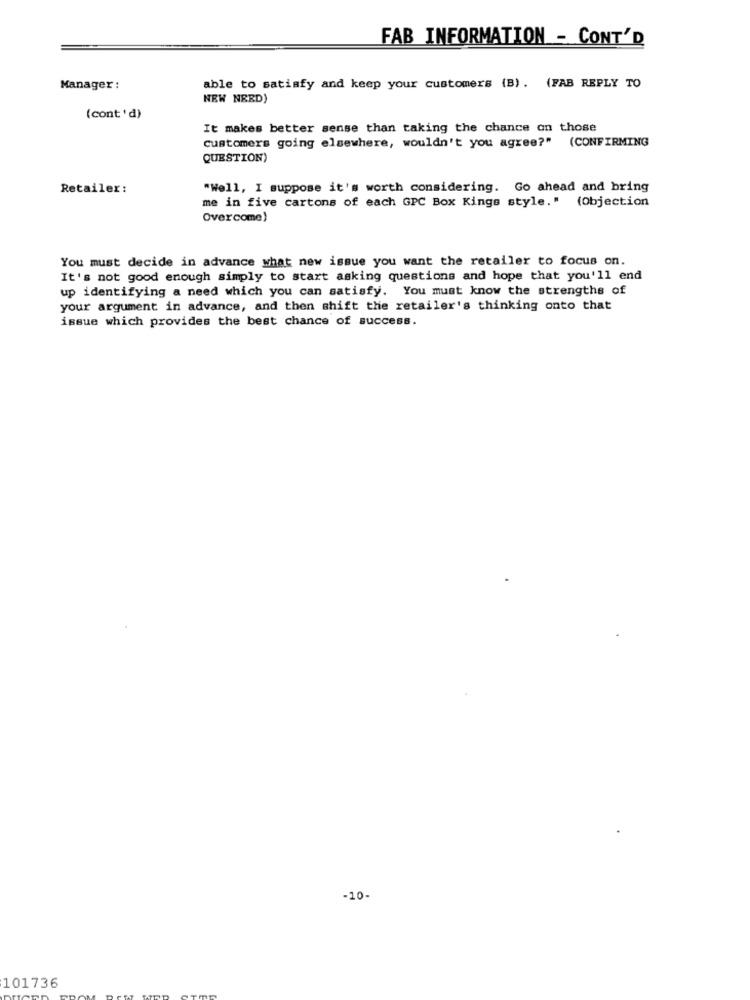
FAB INFORMATION - CONT'D
able to satisfy and keep your customers (B). (FAB REPLY TO
Manager :
NEW NEED)
(cont'd)
It makes better sense than taking the chance on those
customers going elsewhere, wouldn't you agree?" (CONFIRMING
QUESTION)
Retailer :
"Well, I suppose it's worth considering. Go ahead and bring
me in five cartons of each GPC Box Kings style." (Objection
Overcome)
You must decide in advance what new issue you want the retailer to focus on.
It's not good enough simply to start asking questions and hope that you'll end
up identifying a need which you can satisfy. You must know the strengths of
your argument in advance, and then shift the retailer's thinking onto that
issue which provides the best chance of success.
-10-
101736